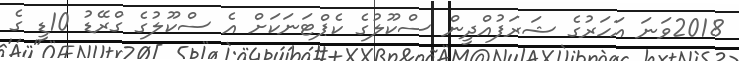
2018ވަނަ އަހަރުގެ ޝަރަފުއްދީން ސްކޫލުގެ ކެޕްޓަނަކަށް އެ ސްކޫލުގެ ގްރޭޑު 10ޑީ ގެ